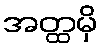
အတ္ထမှိ